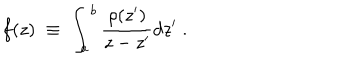
f ( z ) \; \equiv \; \int _ { a } ^ { b } { \frac { \rho ( z ^ { \prime } ) } { z - z ^ { \prime } } } d z ^ { \prime } \; .